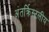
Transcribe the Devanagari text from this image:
अंतर्क्रिस्टलीय